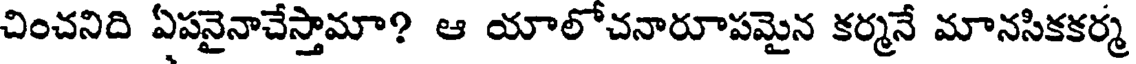
చించనిది ఏపనైనాచేస్తామా? ఆ యాలోచనారూపమైన కర్మనే మానసికకర్మ